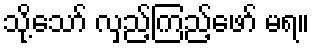
သို့သော် လှည့်ကြည့်ဖော် မရ။